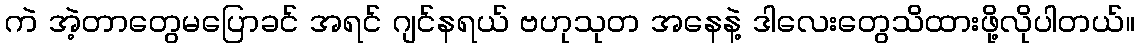
ကဲ အဲ့တာတွေမပြောခင် အရင် ဂျင်နရယ် ဗဟုသုတ အနေနဲ့ ဒါလေးတွေသိထားဖို့လိုပါတယ်။